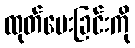
ထုတ်ပေးခြင်းကို